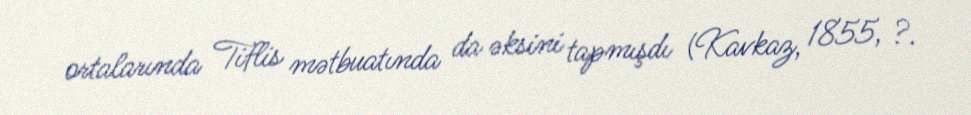
ortalarında Tiflis mətbuatında da əksini tapmışdı (Kavkaz, 1855, ?.